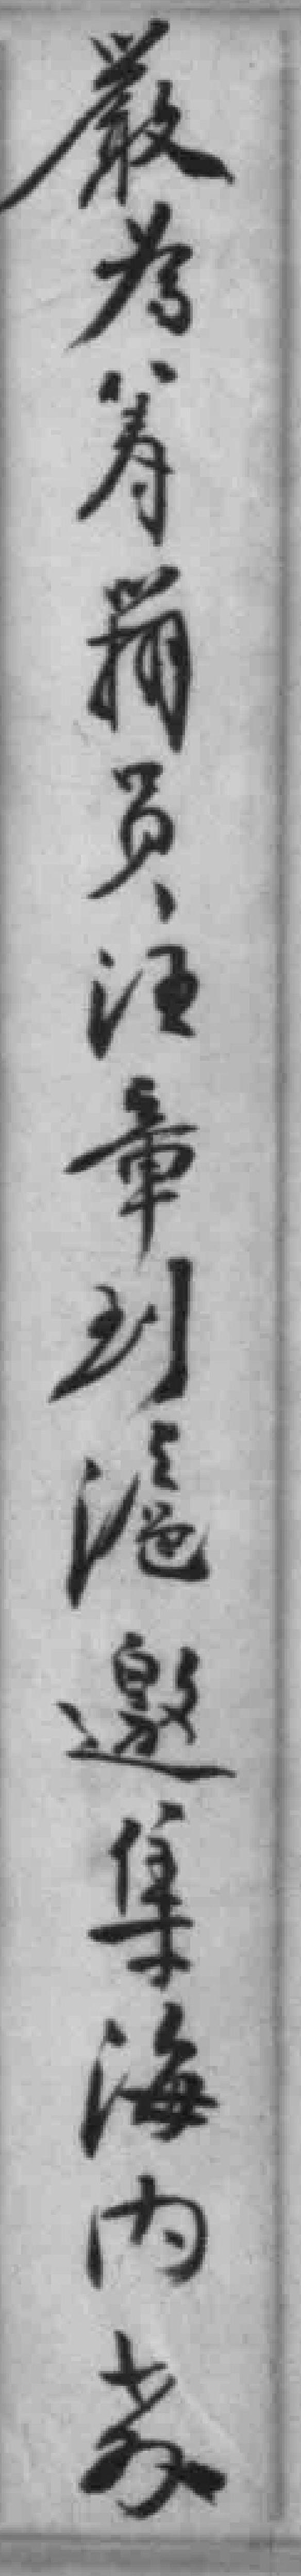
嚴為籌備员汪章到滬邀集海內*